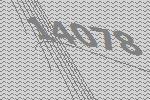
14078